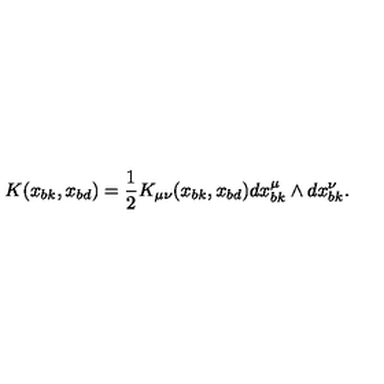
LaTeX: K ( x _ { b k } , x _ { b d } ) = { \frac { 1 } { 2 } } K _ { \mu \nu } ( x _ { b k } , x _ { b d } ) d x _ { b k } ^ { \mu } \wedge d x _ { b k } ^ { \nu } .